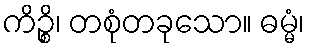
ကိဉ္စိ၊ တစုံတခုသော။ ဓမ္မံ၊